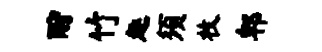
酹竹趣须枚郫